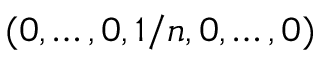
( 0 , \ldots , 0 , 1 / n , 0 , \ldots , 0 )